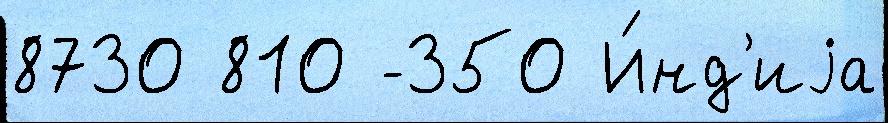
8730 810 -350 И́нд'иjа